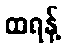
ထရန့်